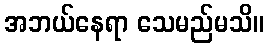
အဘယ်နေရာ သေမည်မသိ။